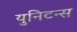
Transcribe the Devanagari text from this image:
युनिटन्स